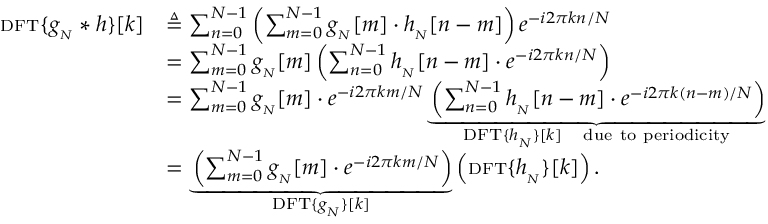
{ \begin{array} { r l } { { \scriptstyle \mathrm { { D F T } } } \{ g _ { _ { N } } * h \} [ k ] } & { \triangleq \sum _ { n = 0 } ^ { N - 1 } \left( \sum _ { m = 0 } ^ { N - 1 } g _ { _ { N } } [ m ] \cdot h _ { _ { N } } [ n - m ] \right) e ^ { - i 2 \pi k n / N } } \\ & { = \sum _ { m = 0 } ^ { N - 1 } g _ { _ { N } } [ m ] \left( \sum _ { n = 0 } ^ { N - 1 } h _ { _ { N } } [ n - m ] \cdot e ^ { - i 2 \pi k n / N } \right) } \\ & { = \sum _ { m = 0 } ^ { N - 1 } g _ { _ { N } } [ m ] \cdot e ^ { - i 2 \pi k m / N } \underbrace { \left( \sum _ { n = 0 } ^ { N - 1 } h _ { _ { N } } [ n - m ] \cdot e ^ { - i 2 \pi k ( n - m ) / N } \right) } _ { { \scriptstyle \mathrm { { D F T } } } \{ h _ { _ { N } } \} [ k ] \quad \scriptstyle { \mathrm { d u e ~ t o ~ p e r i o d i c i t y } } } } \\ & { = \underbrace { \left( \sum _ { m = 0 } ^ { N - 1 } g _ { _ { N } } [ m ] \cdot e ^ { - i 2 \pi k m / N } \right) } _ { { \scriptstyle \mathrm { { D F T } } } \{ g _ { _ { N } } \} [ k ] } \left( { \scriptstyle \mathrm { { D F T } } } \{ h _ { _ { N } } \} [ k ] \right) . } \end{array} }